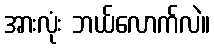
အားလုံး ဘယ်လောက်လဲ။